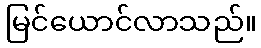
မြင်ယောင်လာသည်။